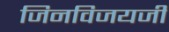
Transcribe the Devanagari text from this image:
जिनविजयजी